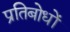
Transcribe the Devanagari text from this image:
प्रतिबोधों